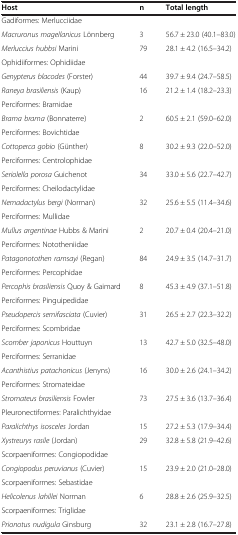
<table><thead><tr><td><b>Host</b></td><td><b>n</b></td><td><b>Total length</b></td></tr></thead><tbody><tr><td>Gadiformes: Merlucciidae</td><td> </td><td> </td></tr><tr><td><i>Macruronus magellanicus</i> Lönnberg</td><td>3</td><td>56.7 ± 23.0 (40.1–83.0)</td></tr><tr><td><i>Merluccius hubbsi</i> Marini</td><td>79</td><td>28.1 ± 4.2 (16.5–34.2)</td></tr><tr><td>Ophidiiformes: Ophidiidae</td><td> </td><td> </td></tr><tr><td><i>Genypterus blacodes</i> (Forster)</td><td>44</td><td>39.7 ± 9.4 (24.7–58.5)</td></tr><tr><td><i>Raneya brasiliensis</i> (Kaup)</td><td>16</td><td>21.2 ± 1.4 (18.2–23.3)</td></tr><tr><td>Perciformes: Bramidae</td><td> </td><td> </td></tr><tr><td><i>Brama brama</i> (Bonnaterre)</td><td>2</td><td>60.5 ± 2.1 (59.0–62.0)</td></tr><tr><td>Perciformes: Bovichtidae</td><td> </td><td> </td></tr><tr><td><i>Cottoperca gobio</i> (Günther)</td><td>8</td><td>30.2 ± 9.3 (22.0–52.0)</td></tr><tr><td>Perciformes: Centrolophidae</td><td> </td><td> </td></tr><tr><td><i>Seriolella porosa</i> Guichenot</td><td>34</td><td>33.0 ± 5.6 (22.7–42.7)</td></tr><tr><td>Perciformes: Cheilodactylidae</td><td> </td><td> </td></tr><tr><td><i>Nemadactylus bergi</i> (Norman)</td><td>32</td><td>25.6 ± 5.5 (11.4–34.6)</td></tr><tr><td>Perciformes: Mullidae</td><td> </td><td> </td></tr><tr><td><i>Mullus argentinae</i> Hubbs &amp; Marini</td><td>2</td><td>20.7 ± 0.4 (20.4–21.0)</td></tr><tr><td>Perciformes: Nototheniidae</td><td> </td><td> </td></tr><tr><td><i>Patagonotothen ramsayi</i> (Regan)</td><td>84</td><td>24.9 ± 3.5 (14.7–31.7)</td></tr><tr><td>Perciformes: Percophidae</td><td> </td><td> </td></tr><tr><td><i>Percophis brasiliensis</i> Quoy &amp; Gaimard</td><td>8</td><td>45.3 ± 4.9 (37.1–51.8)</td></tr><tr><td>Perciformes: Pinguipedidae</td><td> </td><td> </td></tr><tr><td><i>Pseudopercis semifasciata</i> (Cuvier)</td><td>31</td><td>26.5 ± 2.7 (22.3–32.2)</td></tr><tr><td>Perciformes: Scombridae</td><td> </td><td> </td></tr><tr><td><i>Scomber japonicus</i> Houttuyn</td><td>13</td><td>42.7 ± 5.0 (32.5–48.0)</td></tr><tr><td>Perciformes: Serranidae</td><td> </td><td> </td></tr><tr><td><i>Acanthistius patachonicus</i> (Jenyns)</td><td>16</td><td>30.0 ± 2.6 (24.1–34.2)</td></tr><tr><td>Perciformes: Stromateidae</td><td> </td><td> </td></tr><tr><td><i>Stromateus brasiliensis</i> Fowler</td><td>73</td><td>27.5 ± 3.6 (13.7–36.4)</td></tr><tr><td>Pleuronectiformes: Paralichthyidae</td><td> </td><td> </td></tr><tr><td><i>Paralichthys isosceles</i> Jordan</td><td>15</td><td>27.2 ± 5.3 (17.9–34.4)</td></tr><tr><td><i>Xystreurys rasile</i> (Jordan)</td><td>29</td><td>32.8 ± 5.8 (21.9–42.6)</td></tr><tr><td>Scorpaeniformes: Congiopodidae</td><td> </td><td> </td></tr><tr><td><i>Congiopodus peruvianus</i> (Cuvier)</td><td>15</td><td>23.9 ± 2.0 (21.0–28.0)</td></tr><tr><td>Scorpaeniformes: Sebastidae</td><td> </td><td> </td></tr><tr><td><i>Helicolenus lahillei</i> Norman</td><td>6</td><td>28.8 ± 2.6 (25.9–32.5)</td></tr><tr><td>Scorpaeniformes: Triglidae</td><td> </td><td> </td></tr><tr><td><i>Prionotus nudigula</i> Ginsburg</td><td>32</td><td>23.1 ± 2.8 (16.7–27.8)</td></tr></tbody></table>